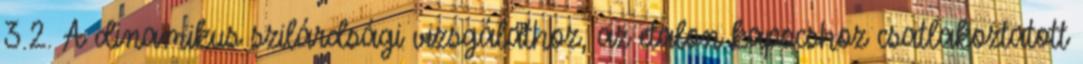
3.2. A dinamikus szilárdsági vizsgálathoz, az etalon kapocshoz csatlakoztatott